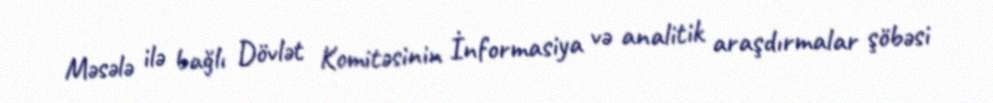
Məsələ ilə bağlı Dövlət Komitəsinin İnformasiya və analitik araşdırmalar şöbəsi